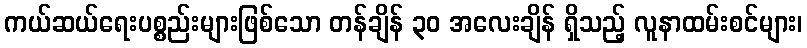
ကယ်ဆယ်ရေးပစ္စည်းများဖြစ်သော တန်ချိန် ၃၀ အလေးချိန် ရှိသည့် လူနာထမ်းစင်များ၊